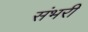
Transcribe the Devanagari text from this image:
संभरी